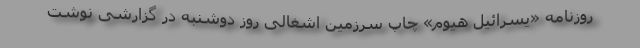
روزنامه «یسرائیل هیوم» چاپ سرزمین اشغالی روز دوشنبه در گزارشی نوشت